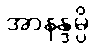
အာနန္ဒမ္ပိ